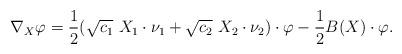
LaTeX: \begin{align*}\nabla_X \varphi = \frac{1}{2} (\sqrt{c_1}\ X_1 \cdot \nu_1 + \sqrt{c_2}\ X_2 \cdot \nu_2)\cdot\varphi - \frac{1}{2}B(X)\cdot \varphi.\end{align*}